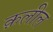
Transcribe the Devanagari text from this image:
क़लील